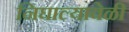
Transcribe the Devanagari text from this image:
निघाल्यावेळी